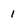
Character: 1